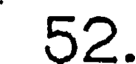
52.